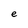
Character: e